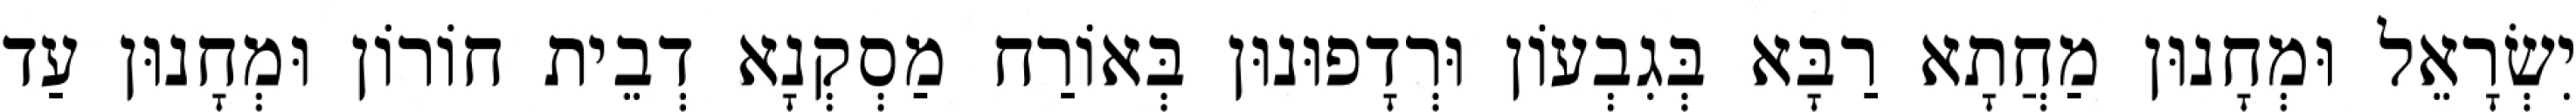
יִשְׂרָאֵל וּמְחָנוּן מַחֲתָא רַבָּא בְּגִבְעוֹן וּרְדָפוּנוּן בְּאוֹרַח מַסְקְנָא דְבֵית חוֹרוֹן וּמְחָנוּן עַד